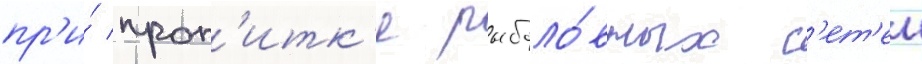
пр'и́ проп'итк'е рыболо́вных с'ет'еи